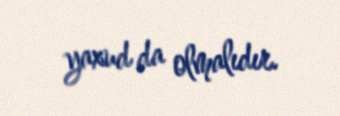
yaxud da olmalıdır.